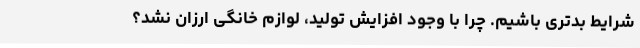
شرایط بدتری باشیم. چرا با وجود افزایش تولید، لوازم خانگی ارزان نشد؟